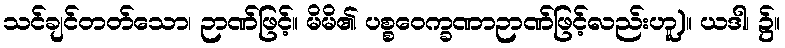
သင်ချင်တတ်သော၊ ဉာဏ်ဖြင့်။ မိမိ၏ ပစ္စဝေက္ခဏာဉာဏ်ဖြင့်လည်းဟူ)။ ယဒါ၊ ၌။